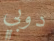
دوبي